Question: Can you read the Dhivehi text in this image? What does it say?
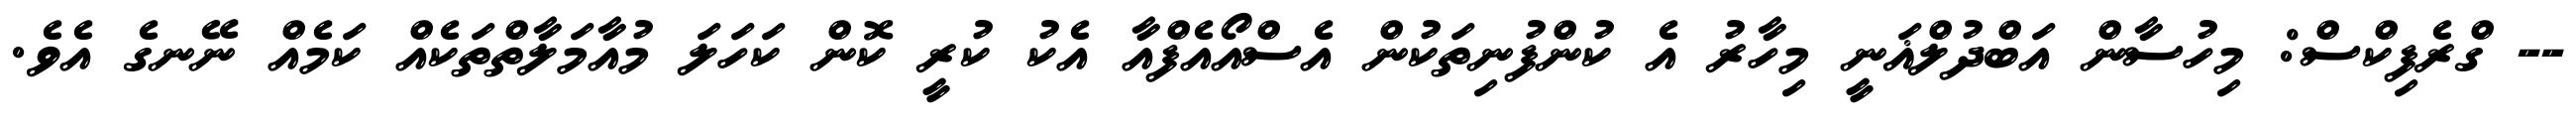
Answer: -- ގްރެފިކްސް: މިހުސާން އަބްދުލްޣަނީ މިހާރު އެ ކުންފުނިތަކުން އެސްއޯއެފްއާ އެކު ކުރީ ކޮން ކަހަލަ މުއާމަލާތްތަކެއް ކަމެއް ނޭނގެ އެވެ.